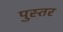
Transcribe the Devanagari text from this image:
पुस्तर